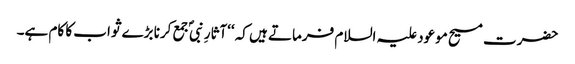
حضرت مسیح موعود علیہ السلام فرماتے ہیں کہ ‘‘آثارِ نبیؐ جمع کرنا بڑے ثواب کا کام ہے۔